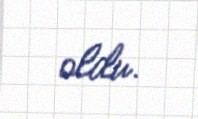
oldu.